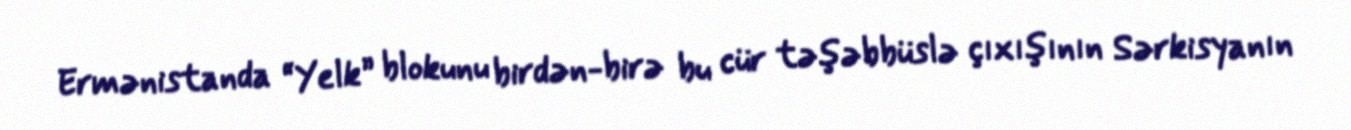
Ermənistanda “Yelk” blokunu birdən-birə bu cür təşəbbüslə çıxışının Sərkisyanın